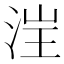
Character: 𪶁